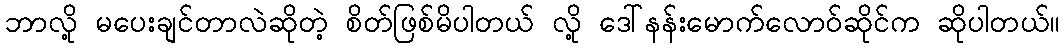
ဘာလို့ မပေးချင်တာလဲဆိုတဲ့ စိတ်ဖြစ်မိပါတယ် လို့ ဒေါ်နန်းမောက်လောဝ်ဆိုင်က ဆိုပါတယ်။